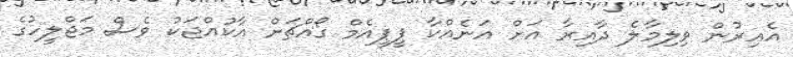
އެއިރުން ވިލިމާލެ ދާއިރާ އަށް އަނެއްކާ ޕީޕީއެމް ގޯއްޗަށް އާކުއްޖަކު ވެސް މަޖްލީހުގެ